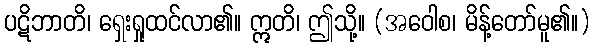
ပဋိဘာတိ၊ ရှေးရှုထင်လာ၏။ ဣတိ၊ ဤသို့။ (အဝေါစ၊ မိန့်တော်မူ၏။)